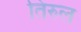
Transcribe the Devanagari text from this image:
तिरुल